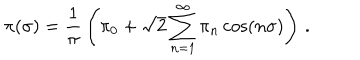
\pi ( \sigma ) = { \frac { 1 } { \pi } } \left( \pi _ { 0 } + { \sqrt { 2 } } \sum _ { n = 1 } ^ { \infty } \pi _ { n } \cos ( n \sigma ) \right) \, .